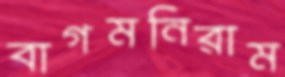
বাগমনিরাম